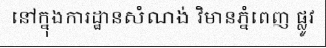
នៅក្នុងការដ្ឋានសំណង់ វិមានភ្នំពេញ ផ្លូវ